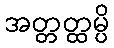
အတ္တတ္ထမ္ပိ